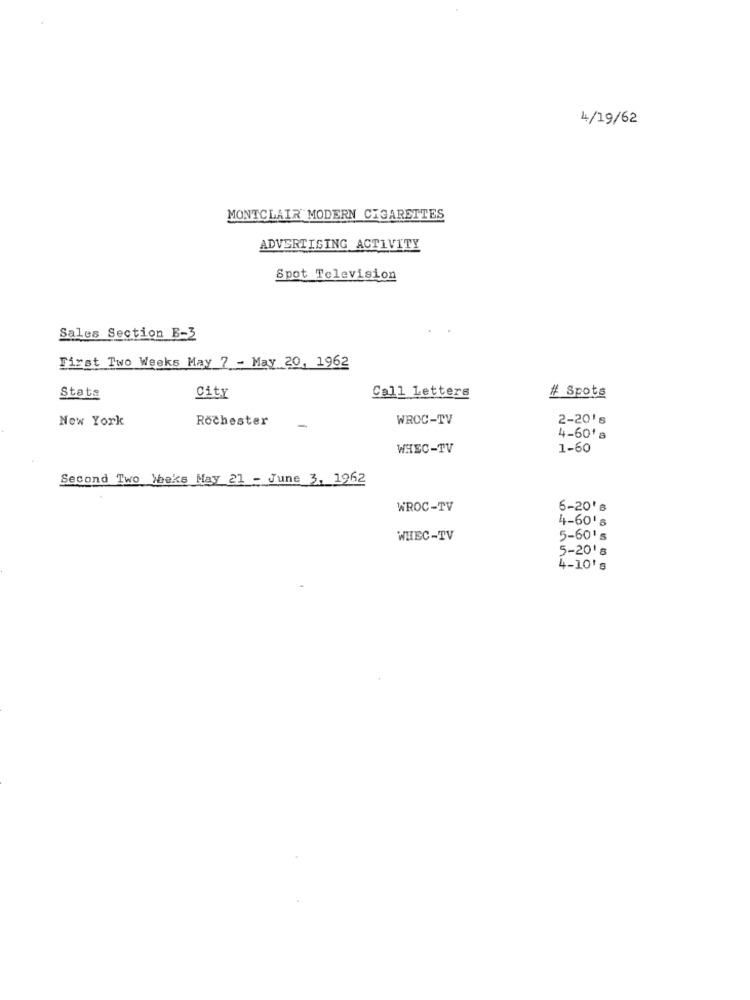
4/19/62
MONTCLAIR MODERN CIGARETTES
ADVERTISING ACTIVITY
Spot Television
Sales Section E-3
First Two Weeks May 7 - May 20, 1962
Call Letters
Stats
City
# Spots
New York
Rochester
WROC-TV
2-20's
-
4-60's
WHEC-TV
1-60
Second Two Weeks May 21 - June 3, 1962
WROC-TV
6-20's
4-60's
WHEC-TV
5-60's
5-20's
4-10's